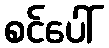
စင်ပေါ်